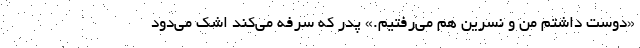
«دوست داشتم من و نسرین هم می‌رفتیم.» پدر که سرفه می‌کند اشک می‌دود